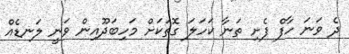
ދެ ވަނަ ހާފް ފެށި ތަނާ ކަހަލަ ގޮތަކަށް މަހިބަދޫއިން ވަނީ ލަނޑެއް